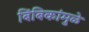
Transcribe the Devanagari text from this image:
बिंबिकांमुळे